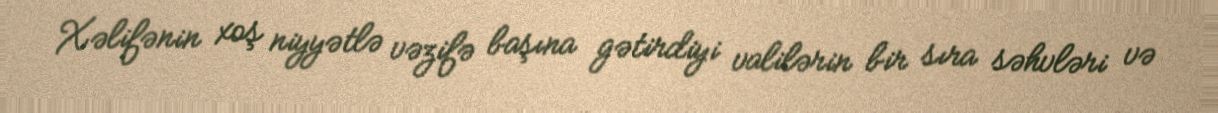
Xəlifənin xoş niyyətlə vəzifə başına gətirdiyi valilərin bir sıra səhvləri və